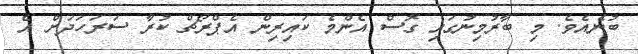
ބުނެއެވެ. މި ބާރުމިނުގައި ގޮސް އެންމެ ކައިރިން އެޕްރޯޗް ކުރާ ސަރަހަދަށް އެ